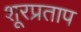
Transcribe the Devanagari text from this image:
शूरप्रताप